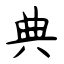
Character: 典